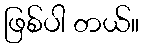
ဖြစ်ပါ တယ်။